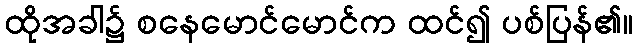
ထိုအခါ၌ စနေမောင်မောင်က ထင်၍ ပစ်ပြန်၏။